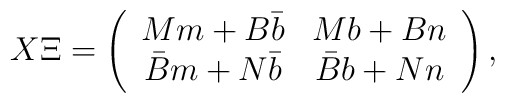
X \Xi =  \left(  \begin{array}{cc}  M m + B \bar{b} & M b + B n \\  \bar{B} m + N \bar{b}  & \bar{B} b + N  n  \end{array}   \right) ,